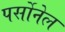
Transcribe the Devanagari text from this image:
पर्सोनेल